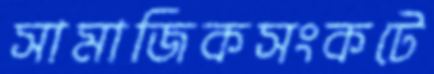
সামাজিকসংকটে